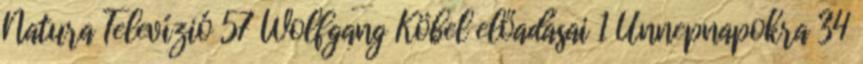
Natura Televízió 57 Wolfgang Köbel előadásai 1 Ünnepnapokra 34